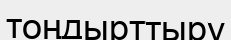
тоңдырттыру